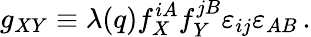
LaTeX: g_{XY}\equiv\lambda(q)f_{X}^{iA}f_{Y}^{jB}\varepsilon_{ij}\varepsilon_{AB}\, .